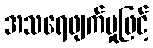
အသရေဖျက်မှုဖြင့်